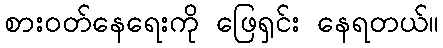
စားဝတ်နေရေးကို ဖြေရှင်း နေရတယ်။